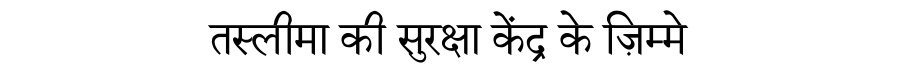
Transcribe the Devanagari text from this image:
तस्लीमा की सुरक्षा केंद्र के ज़िम्मे